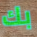
بك